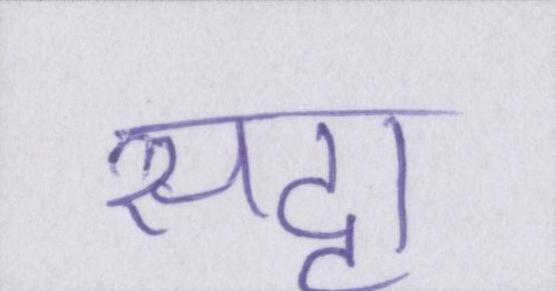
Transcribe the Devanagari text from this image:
सट्टा